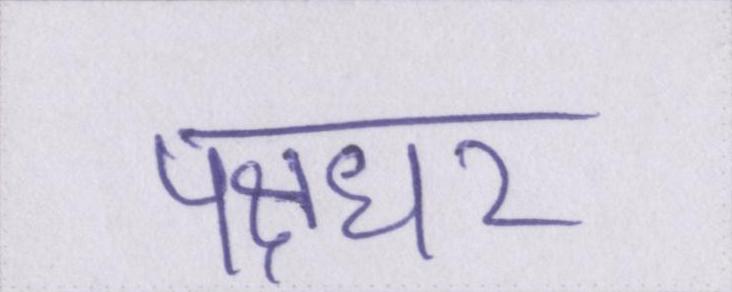
पक्षधर